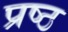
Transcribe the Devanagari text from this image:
प्रष्ठ